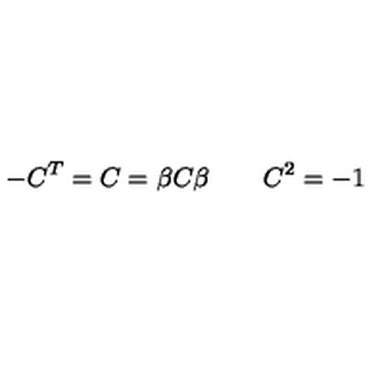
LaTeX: - C ^ { T } = C = \beta C \beta \qquad C ^ { 2 } = - 1